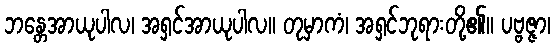
ဘန္တေအာယုပါလ၊ အရှင်အာယုပါလ။ တုမှာကံ၊ အရှင်ဘုရားတို့၏။ ပဗ္ဗဇ္ဇာ၊